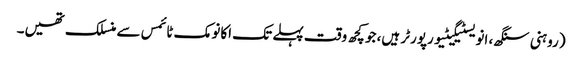
(روہنی سنگھ، انویسٹیگیٹیو رپورٹر ہیں، جو کچھ وقت پہلے تک اکانومک ٹائمس سے منسلک تھیں۔